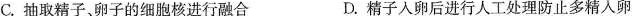
C.抽取精子、卵子的细胞核进行融合 D.精子入卵后进行人工处理防止多精入卵